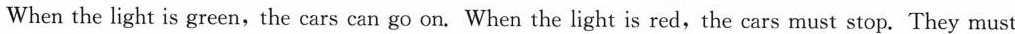
carefully. When the light is green, the cars can go on. When the light is red,the cars must stop. They must